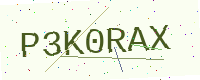
Text: P3K0RAX